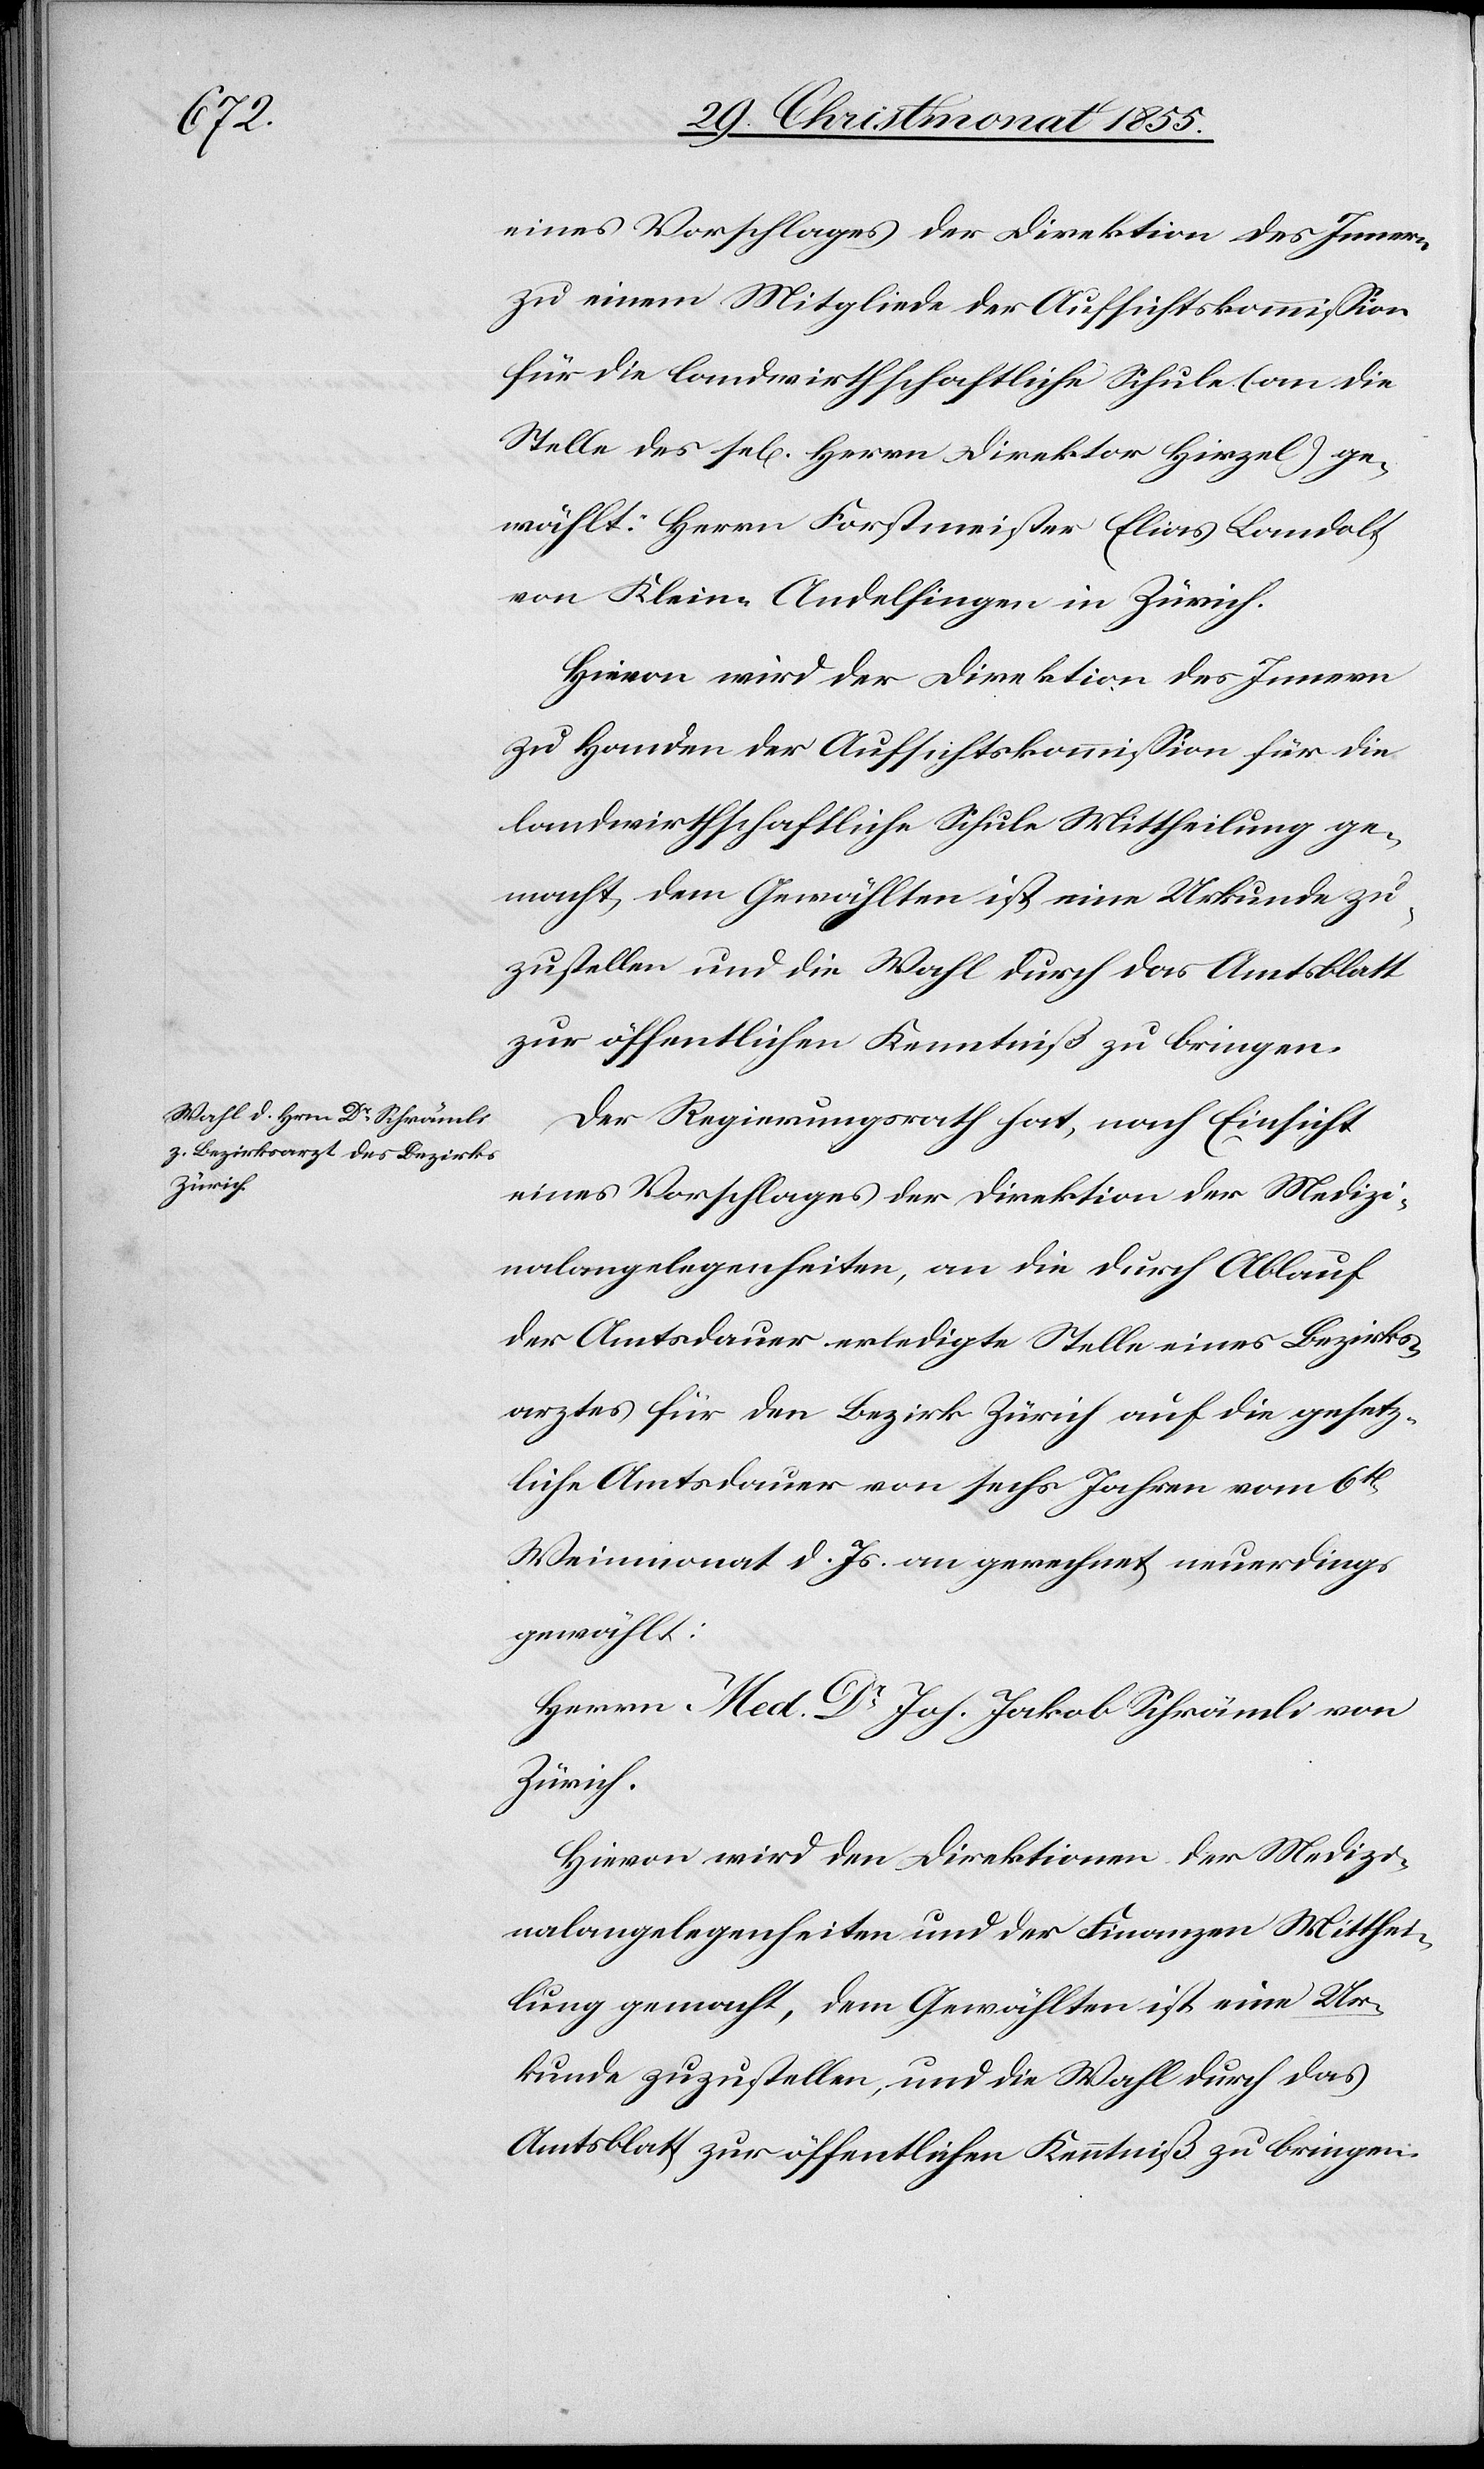
eines Vorschlages der Direktion des Innern
zu einem Mitgliede der Aufsichtskommission
für die landwirthschaftliche Schule (an die
Stelle des se[ligen] Herrn Direktor Hirzel) ge¬
wählt: Herrn Forstmeister Elias Landolt
von Klein-Andelfingen in Zürich.
Hievon wird der Direktion des Innern
zu Handen der Aufsichtskommission für die
landwirthschaftliche Schule Mittheilung ge¬
macht, dem Gewählten ist eine Urkunde zu¬
zustellen und die Wahl durch das Amtsblatt
zur öffentlichen Kenntniß zu bringen.
Der Regierungsrath hat, nach Einsicht
eines Vorschlages der Direktion der Medizi¬
nalangelegenheiten, an die durch Ablauf
der Amtsdauer erledigte Stelle eines Bezirks¬
arztes für den Bezirk Zürich auf die gesetz¬
liche Amtsdauer von sechs Jahren vom 6t
Weinmonat d. Js. an gerechnet neuerdings
gewählt:
Herrn Med. Dr Joh. Jakob Schrämli von
Zürich.
Hievon wird den Direktionen der Medizi¬
nalangelegenheiten und der Finanzen Mitthei¬
lung gemacht, dem Gewählten ist eine Ur¬
kunde zuzustellen, und die Wahl durch das
Amtsblatt zur öffentlichen Kenntniß zu bringen.